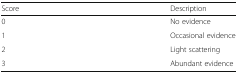
| Score | Description |
 | --- | --- |
 | 0 | No evidence |
 | 1 | Occasional evidence |
 | 2 | Light scattering |
 | 3 | Abundant evidence |